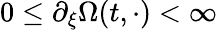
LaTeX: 0\leq\partial_{\xi}\Omega(t,\cdot)<\infty